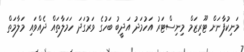
މަނިކުފާނަށް ޓޫރިޒަމް މިނިސްޓަރު އަހުމަދު އަދީބު ބަހުގެ ވަރުގަދަ ހަމަލާތައް ދެއްވައި މަލާމަތް